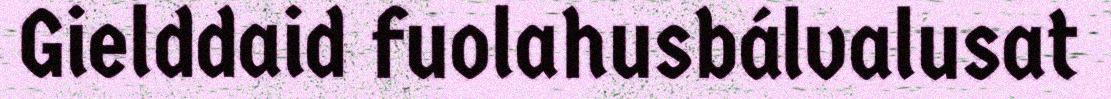
Gielddaid fuolahusbálvalusat